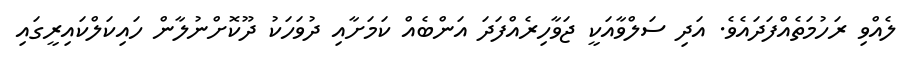
ލެއްވި ރަހުމަތެއްފަދައެވެ. އަދި ސަލްވާއަކީ ޖަވާހިރެއްފަދަ އަންބެއް ކަމަށާއި ދުވަހަކު ދޫކޮށްނުލާން ހައިކަލްކައިރީގައި